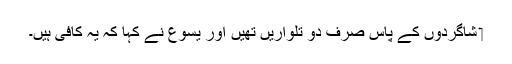
‏ شاگردوں کے پاس صرف دو تلواریں تھیں اور یسوع نے کہا کہ یہ کافی ہیں۔